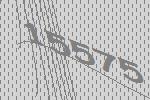
15575